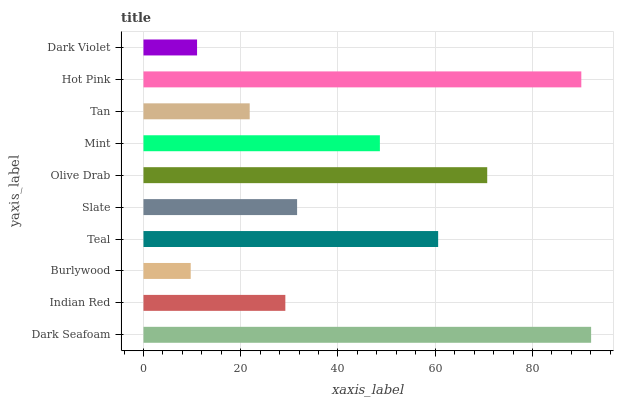
| yaxis_label | bars |
 | --- | --- |
 | Dark Seafoam | 92.1 |
 | Indian Red | 29.2 |
 | Burlywood | 9.72 |
 | Teal | 60.6 |
 | Slate | 31.6 |
 | Olive Drab | 70.7 |
 | Mint | 48.6 |
 | Tan | 21.8 |
 | Hot Pink | 90 |
 | Dark Violet | 11 |